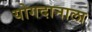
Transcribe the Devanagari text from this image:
योगदानाला